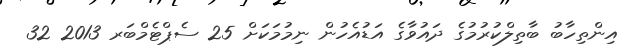
އިންތިހާބު ބާތިލްކުރުމުގެ ދައުވާގެ އަޑުއެހުން ނިމުމަކަށް 25 ސެޕްޓެމްބަރ 2013 32